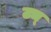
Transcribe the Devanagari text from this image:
ट्य्